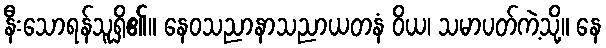
နီးသောရန်သူရှိ၏။ နေဝသညာနာသညာယတနံ ဝိယ၊ သမာပတ်ကဲ့သို့။ နေ